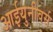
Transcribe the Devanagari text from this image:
आईयुनीवर्स